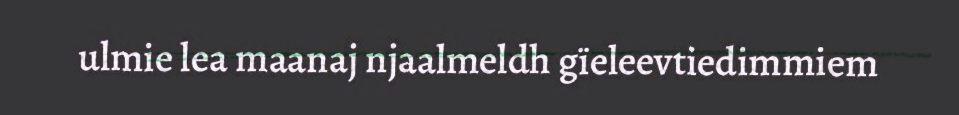
ulmie lea maanaj njaalmeldh gïeleevtiedimmiem